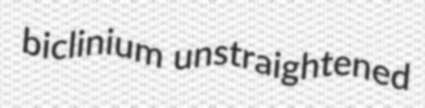
biclinium unstraightened